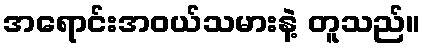
အရောင်းအဝယ်သမားနဲ့ တူသည်။